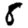
Digit: 8